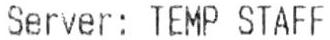
SERVER: TEMP STAFF